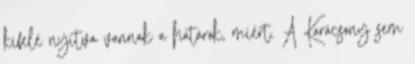
kifelé nyitva vannak a határok, miért. A Karácsony sem